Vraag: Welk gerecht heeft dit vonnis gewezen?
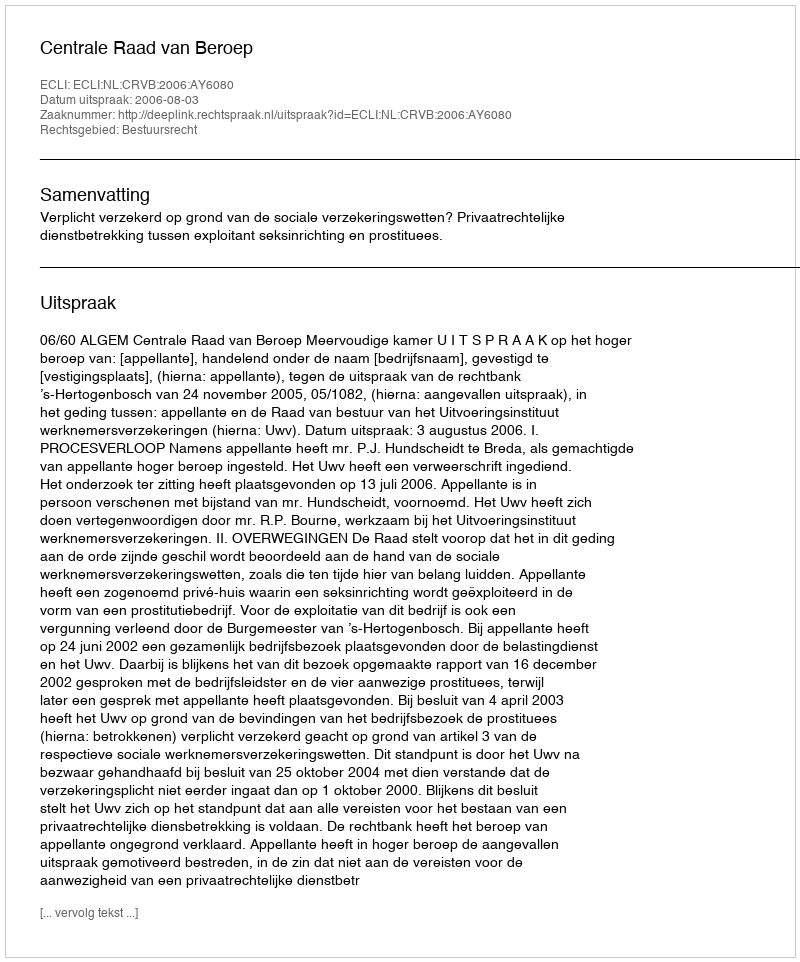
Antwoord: Centrale Raad van Beroep